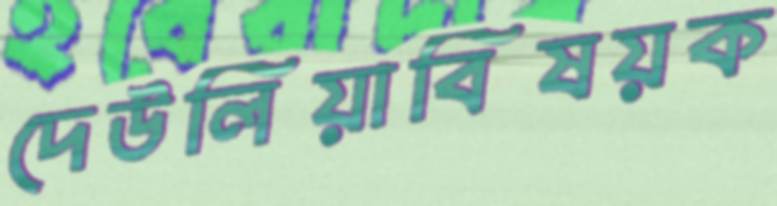
দেউলিয়াবিষয়ক